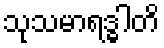
သုသမာရဒ္ဓါတိ